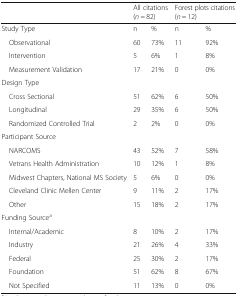
|  | <COLSPAN=2> All citations (n = 82) | <COLSPAN=2> Forest plots citations (n = 12) |
 | --- | --- | --- | --- | --- |
 | Study Type | n | % | n | % |
 | Observational | 60 | 73% | 11 | 92% |
 | Intervention | 5 | 6% | 1 | 8% |
 | Measurement Validation | 17 | 21% | 0 | 0% |
 | <COLSPAN=5> Design Type |
 | Cross Sectional | 51 | 62% | 6 | 50% |
 | Longitudinal | 29 | 35% | 6 | 50% |
 | Randomized Controlled Trial | 2 | 2% | 0 | 0% |
 | <COLSPAN=5> Participant Source |
 | NARCOMS | 43 | 52% | 7 | 58% |
 | Vetrans Health Administration | 10 | 12% | 1 | 8% |
 | Midwest Chapters, National MS Society | 5 | 6% | 0 | 0% |
 | Cleveland Clinic Mellen Center | 9 | 11% | 2 | 17% |
 | Other | 15 | 18% | 2 | 17% |
 | <COLSPAN=5> Funding Sourcea |
 | Internal/Academic | 8 | 10% | 2 | 17% |
 | Industry | 21 | 26% | 4 | 33% |
 | Federal | 25 | 30% | 2 | 17% |
 | Foundation | 51 | 62% | 8 | 67% |
 | Not Specified | 11 | 13% | 0 | 0% |